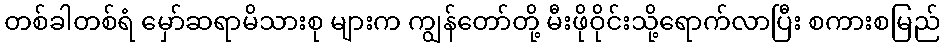
တစ်ခါတစ်ရံ မှော်ဆရာမိသားစု များက ကျွန်တော်တို့ မီးဖိုဝိုင်းသို့ရောက်လာပြီး စကားစမြည်